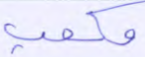
مكعب